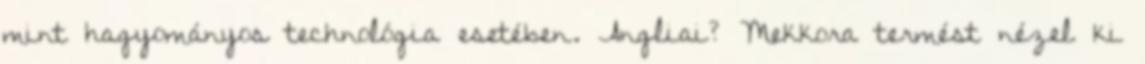
mint hagyományos technológia esetében. Angliai? Mekkora termést nézel ki